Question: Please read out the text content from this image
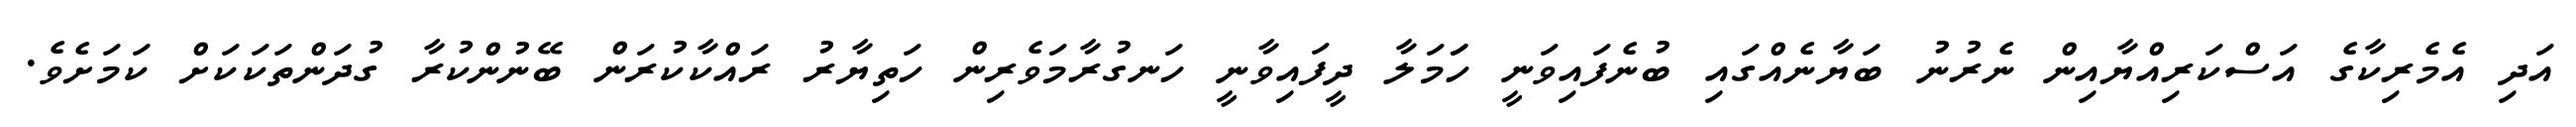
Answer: އަދި އެމެރިކާގެ އަސްކަރިއްޔާއިން ނެރުނު ބަޔާނެއްގައި ބުނެފައިވަނީ ހަަމަލާ ދީފައިވާނީ ހަނގުރާމަވެރިން ހަތިޔާރު ރައްކާކުރަން ބޭނުންކުރާ ގުދަންތަކަކަށް ކަމަށެވެ.